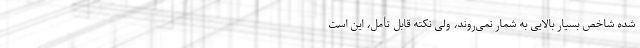
شده شاخص بسیار بالایی به شمار نمی‌روند، ولی نکته قابل تأمل، این است